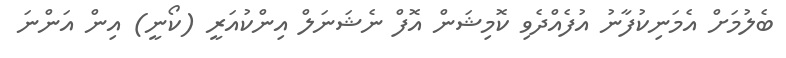
ބެލުމަށް އެމަނިކުފާނު އުފެއްދެވި ކޮމިޝަން އޮފް ނެޝަނަލް އިންކުއަރީ (ކޯނީ) އިން އަންނަ